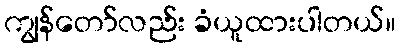
ကျွန်တော်လည်း ခံယူထားပါတယ်။